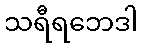
သရီရဘေဒါ